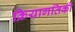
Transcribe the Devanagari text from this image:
क्रियागतिकी